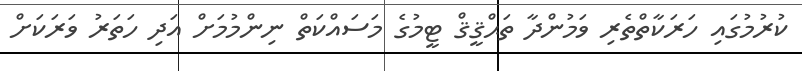
ކުރުމުގައި ހަރަކާތްތެރި ވަމުންދާ ތަޙްޤީޤް ޓީމުގެ މަސައްކަތް ނިންމުމަށް އަދި ހަތަރު ވަރަކަށް